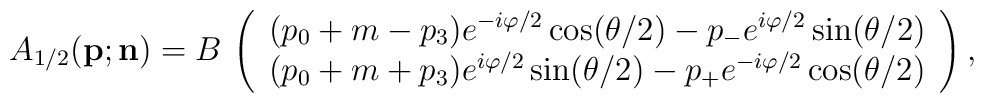
A_{1/2}({\bf p};{\bf n})=B\,\left( \begin{array}{ccc}(p_0+m-p_3)e^{-i\varphi/2}\cos({\theta}/2)-p_{-}e^{i\varphi/2}\sin({\theta}/2) \\(p_0+m+p_3)e^{i\varphi/2}\sin({\theta}/2)-p_{+}e^{-i\varphi/2}\cos({\theta}/2)\end{array}\right),